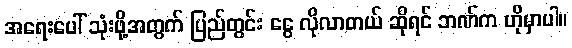
အရေးပေါ် သုံးဖို့အတွက် ပြည်တွင်း ငွေ လိုလာတယ် ဆိုရင် ဘဏ်က ဟိုမှာပါ။